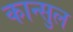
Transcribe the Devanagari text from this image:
कान्सुल